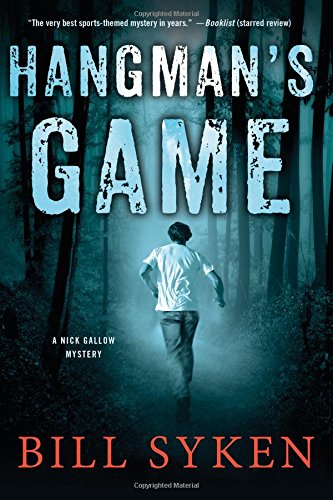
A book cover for Hangman's Game: A Nick Gallow Mystery; Bill Syken; Literature & Fiction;